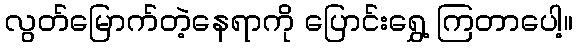
လွတ်မြောက်တဲ့နေရာကို ပြောင်းရွှေ့ ကြတာပေါ့။